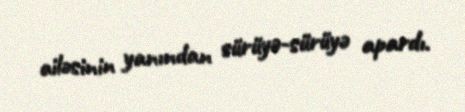
ailəsinin yanından sürüyə-sürüyə apardı.